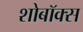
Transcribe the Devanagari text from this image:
शोबॉक्स